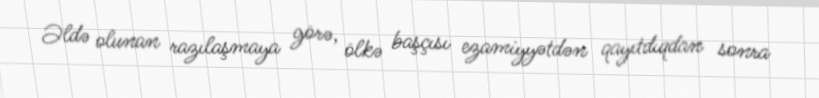
Əldə olunan razılaşmaya görə, ölkə başçısı ezamiyyətdən qayıtdıqdan sonra